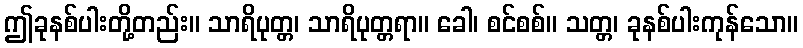
ဤခုနစ်ပါးတို့တည်း။ သာရိပုတ္တ၊ သာရိပုတ္တရာ။ ခေါ၊ စင်စစ်။ သတ္တ၊ ခုနစ်ပါးကုန်သော။